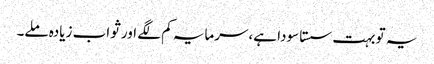
یہ تو بہت سستا سودا ہے،سرمایہ کم لگے اور ثواب زیادہ ملے۔